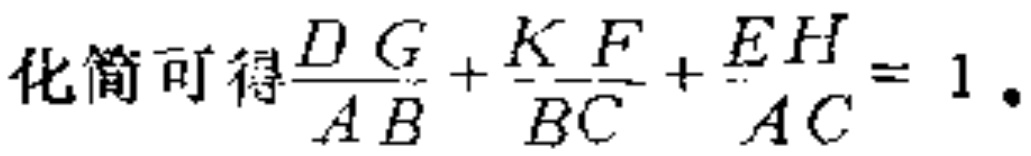
化简可得\(\frac{DG}{AB}+\frac{KF}{BC}+\frac{EH}{AC}=1\)。